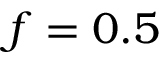
f = 0 . 5